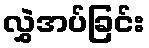
လွှဲအပ်ခြင်း